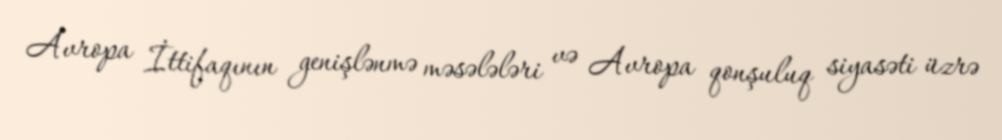
Avropa İttifaqının genişlənmə məsələləri və Avropa qonşuluq siyasəti üzrə